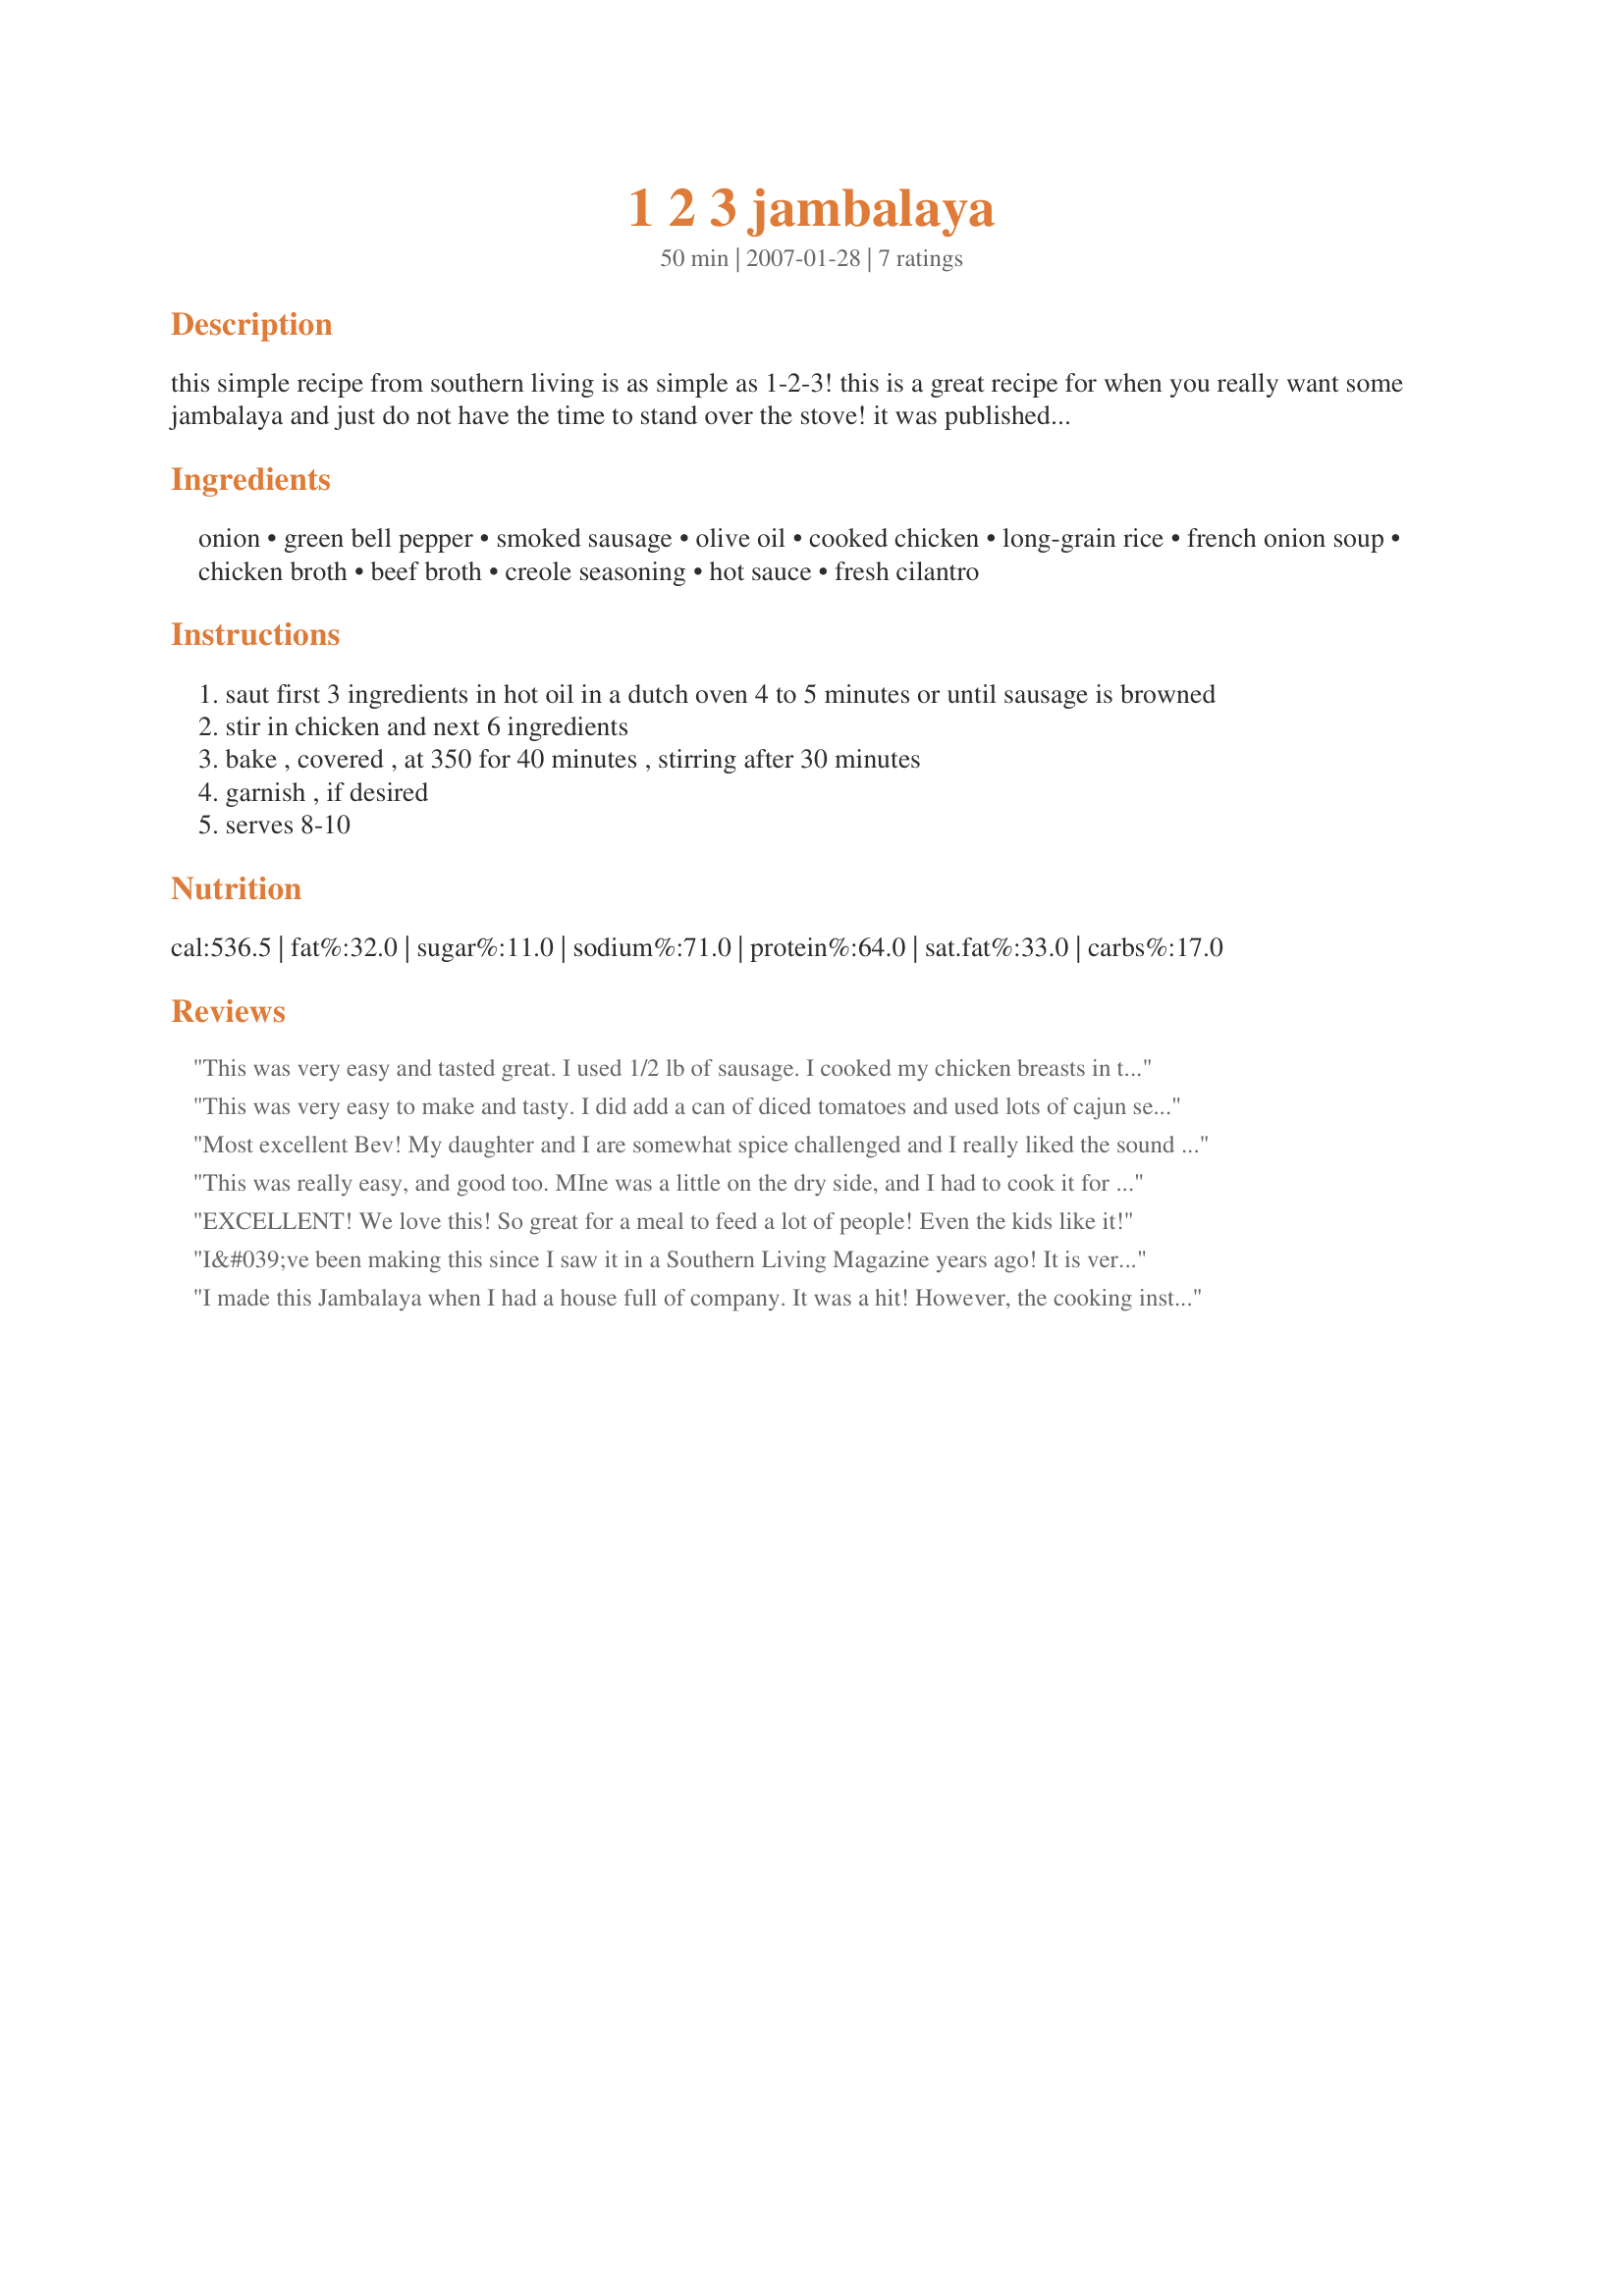
1 2 3 jambalaya
Preparation time: 50 minutes

this simple recipe from southern living is as simple as 1-2-3! this is a great recipe for when you really want some jambalaya and just do not have the time to stand over the stove! it was published in the december 1997.

Ingredients:
onion, green bell pepper, smoked sausage, olive oil, cooked chicken, long-grain rice, french onion soup, chicken broth, beef broth, creole seasoning, hot sauce, fresh cilantro

Steps:
saut first 3 ingredients in hot oil in a dutch oven 4 to 5 minutes or until sausage is browned
stir in chicken and next 6 ingredients
bake , covered , at 350 for 40 minutes , stirring after 30 minutes
garnish , if desired
serves 8-10

Reviews:
This was very easy and tasted great. I used 1/2 lb of sausage. I cooked my chicken breasts in the crock pot on high for a few hours and shredded it up. I was surprised when I was making this that it did not have tomatoes, but I didn't miss them.
This was very easy to make and tasty. I did add a can of diced tomatoes and used lots of cajun seasoning. It makes a ton, so I froze about half of it. Thanks for a hearty, filling lunch.
Most excellent Bev!
My daughter and I are somewhat spice challenged and I really liked the sound of this recipe. Not too spicy. Well, truth be told, I did cut back a bit on the amount that was listed, but it tastes very good. Everyone had seconds. :)
This was really easy, and good too. MIne was a little on the dry side, and I had to cook it for an additional 30 minutes, I'll definitely make this again!
EXCELLENT! We love this! So great for a meal to feed a lot of people! Even the kids like it!
I&#039;ve been making this since I saw it in a Southern Living Magazine years ago! It is very easy to make, feeds a crowd and is VERY good!
I made this Jambalaya when I had a house full of company. It was a hit! However, the cooking instructions are wrong. At 350 degrees, after 30 minutes when it was time to stir, it was extremely soupy. There is no way this recipe could be cooked in 40 minutes at that low temperature. I ended up turning up the oven to 375 and checking it every 20 minutes. I know it was about 1 and 1/2 hours before it was done. But it was a real winner as far as taste. Everyone who tried it wanted the recipe. Thanks Bev!
